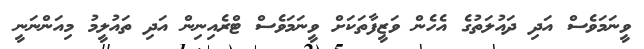
ވީނަމަވެސް އަދި ދައުލަތުގެ އެހެން ވަޒީފާތަކަށް ވީނަމަވެސް ޓްރެއިނިން އަދި ތައުލީމު މިއަންނަނީ